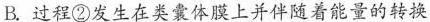
B. 过程②发生在类囊体膜上并伴随着能量的转换